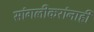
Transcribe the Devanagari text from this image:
सांगलीकरांनाही